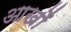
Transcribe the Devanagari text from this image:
आखोँ